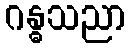
ဂန္ဓသညာ